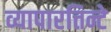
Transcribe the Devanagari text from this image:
व्यापारत्तिन्टे